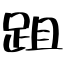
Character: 跙